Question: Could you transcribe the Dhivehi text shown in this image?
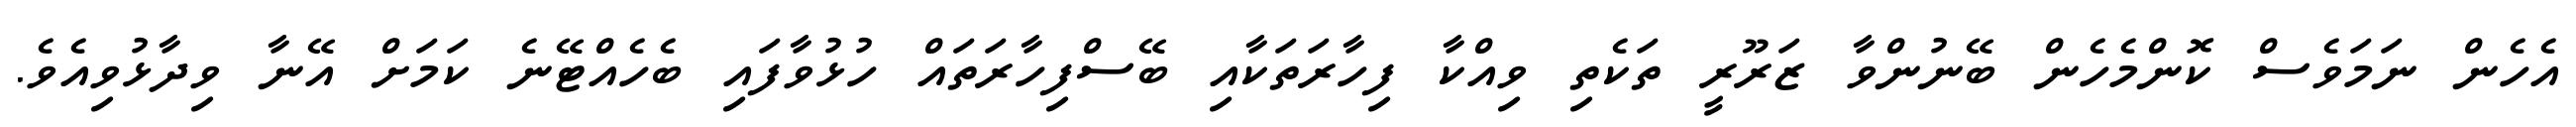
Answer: އެހެން ނަމަވެސް ކޮންމެހެން ބޭނުންވާ ޒަރޫރީ ތަކެތި ވިއްކާ ފިހާރަތަކާއި ބޭސްފިހާރަތައް ހުޅުވާފައި ބެހެއްޓޭނެ ކަމަށް އޭނާ ވިދާޅުވިއެވެ.